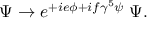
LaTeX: \Psi \rightarrow e ^ { + i e \phi + i f \gamma ^ { 5 } \psi } \; \Psi .